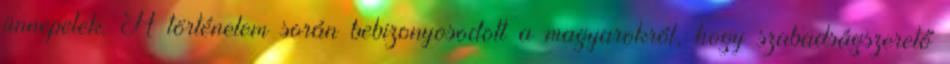
ünnepelek. A történelem során bebizonyosodott a magyarokról, hogy szabadságszerető